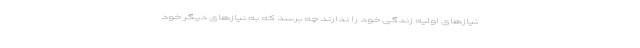
نیازهای اولیه زندگی خود را ندارند چه برسد که به نیازهای دیگر خود